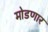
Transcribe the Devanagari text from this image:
मोडणार